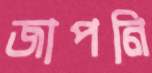
জাপনি